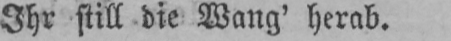
Ihr still die Wang’ herab.